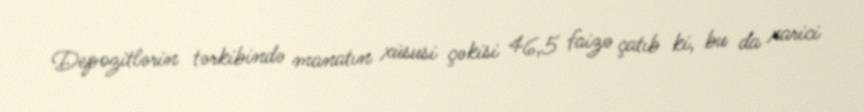
Depozitlərin tərkibində manatın xüsusi çəkisi 46,5 faizə çatıb ki, bu da xarici